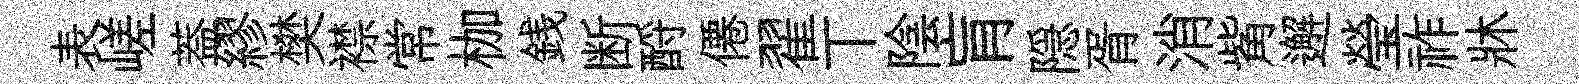
表嵯葢繆樊襟常枷銭断酹僊翟丅陰肓隠胥消觜邂瑩祚牀